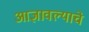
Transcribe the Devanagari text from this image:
आज्ञावल्याचे